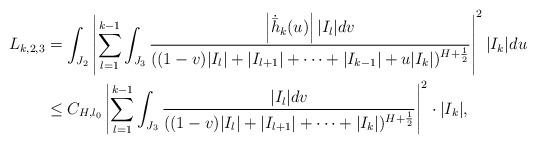
LaTeX: \begin{align*}L_{k,2,3} & =\int_{J_{2}}\left|\sum_{l=1}^{k-1}\int_{J_{3}}\frac{\left|\dot{\bar{h}}_{k}(u)\right||I_{l}|dv}{((1-v)|I_{l}|+|I_{l+1}|+\cdots+|I_{k-1}|+u|I_{k}|)^{H+\frac{1}{2}}}\right|^{2}|I_{k}|du\\ & \leq C_{H,l_{0}}\left|\sum_{l=1}^{k-1}\int_{J_{3}}\frac{|I_{l}|dv}{((1-v)|I_{l}|+|I_{l+1}|+\cdots+|I_{k}|)^{H+\frac{1}{2}}}\right|^{2}\cdot|I_{k}|,\end{align*}